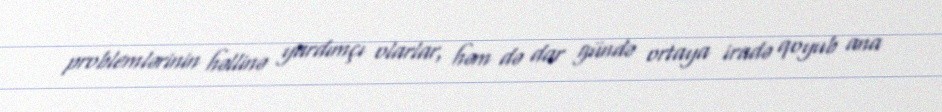
problemlərinin həllinə yardımçı olarlar, həm də dar gündə ortaya iradə qoyub ana